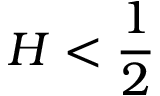
H < \frac 1 2